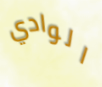
الوادي